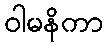
ဝါမနိကာ